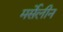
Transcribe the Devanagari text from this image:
मर्सेलीन